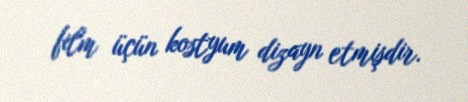
film üçün kostyum dizayn etmişdir.